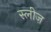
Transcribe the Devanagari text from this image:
स्लीज़